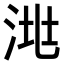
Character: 𣴧